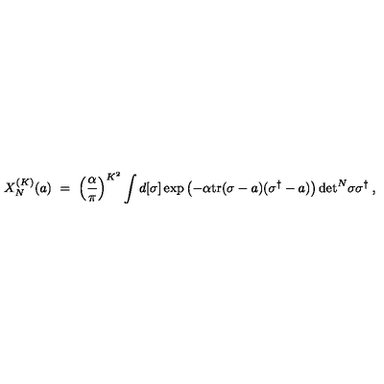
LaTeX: X _ { N } ^ { ( K ) } ( a ) \ = \ \left( \frac { \alpha } { \pi } \right) ^ { K ^ { 2 } } \int d [ \sigma ] \exp \left( - \alpha { \mathrm { t r } } ( \sigma - a ) ( \sigma ^ { \dagger } - a ) \right) \mathrm { d e t } ^ { N } \sigma \sigma ^ { \dagger } \: ,